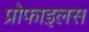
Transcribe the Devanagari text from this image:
प्रोफाइलस